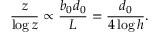
\frac { z } { \log z } \propto \frac { b _ { 0 } d _ { 0 } } { L } = \frac { d _ { 0 } } { 4 \log h } .